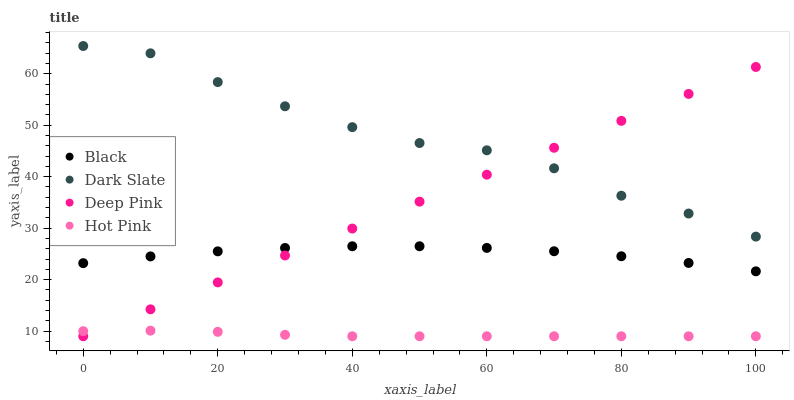
| xaxis_label | Black | Dark Slate | Deep Pink | Hot Pink |
 | --- | --- | --- | --- | --- |
 | 0 | 23.2 | 65.4 | 9 | 9.98 |
 | 10 | 24.5 | 64 | 14.2 | 10.1 |
 | 20 | 25.5 | 58.4 | 19.5 | 9.86 |
 | 30 | 26.2 | 53.7 | 24.7 | 9.28 |
 | 40 | 26.5 | 49.6 | 29.9 | 9 |
 | 50 | 26.5 | 46.5 | 35.2 | 9 |
 | 60 | 26.2 | 45.1 | 40.4 | 9 |
 | 70 | 25.5 | 41.6 | 45.6 | 9 |
 | 80 | 24.5 | 36.3 | 50.9 | 9 |
 | 90 | 23.2 | 32.8 | 56.1 | 9 |
 | 100 | 21.6 | 28.4 | 61.3 | 9 |